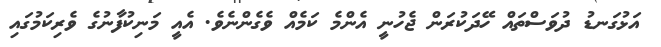
އަޅުގަނޑު ދުވަސްތައް ހޭދަކުރަން ޖެހުނީ އެންމެ ކަމެއް ވެގެންނެވެ. އެއީ މަނިކުފާނުގެ ވެރިކަމުގައި